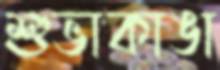
শুভাকাঙা